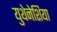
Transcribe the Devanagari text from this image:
युथेनेशिया